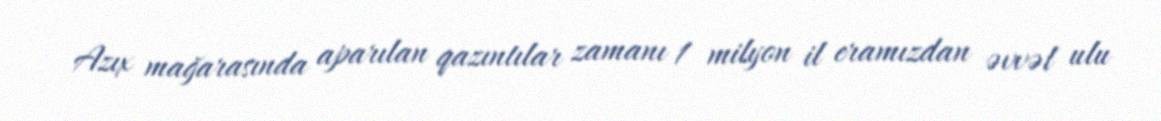
Azıx mağarasında aparılan qazıntılar zamanı 1 milyon il eramızdan əvvəl ulu